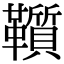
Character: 𩍵